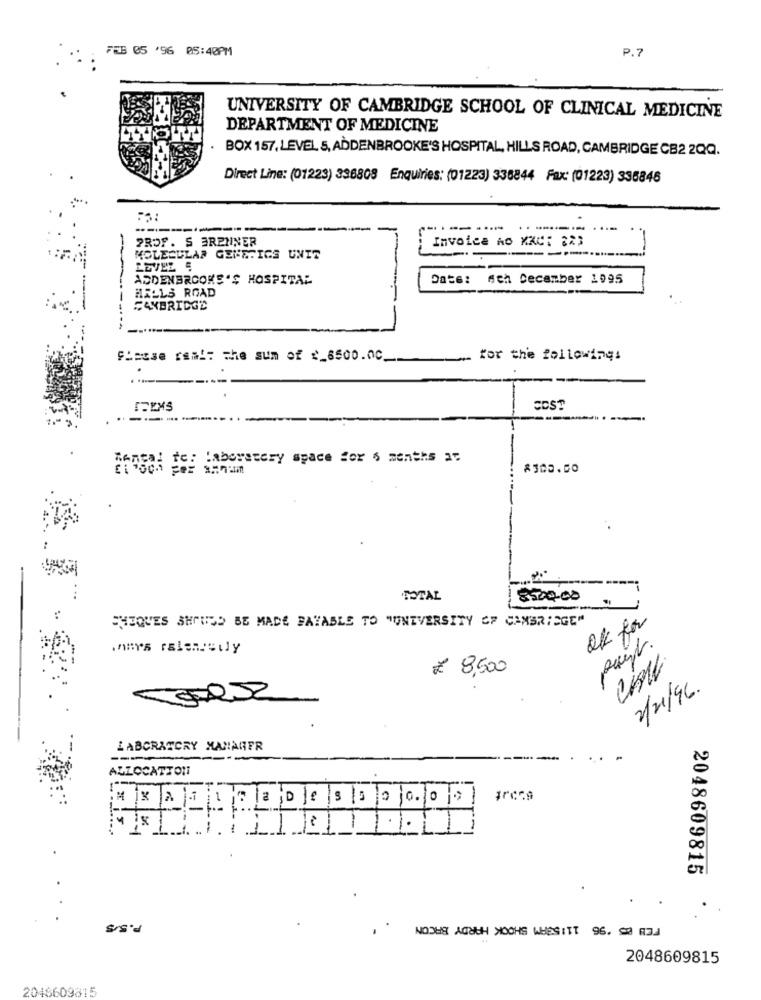
FEB 05 '96 05:40PM
P.7
UNIVERSITY OF CAMBRIDGE SCHOOL OF CLINICAL MEDICINE
DEPARTMENT OF MEDICINE
BOX 157, LEVEL 5, ADDENBROOKE'S HOSPITAL, HILLS ROAD, CAMBRIDGE CB2 2QQ.
Direct Line: (01223) 336808 Enquiries: (01223) 336844 Fax: (01223) 335846
---
-----...
PROF. S BRENNER
Invoice AO KAC: 223
---------
MOLECULAR GENETICS UNIT
LEVEL .
ADDENBROOKS'S HOSPITAL
Date: Ach December 1995
HELLS ROAD
FAXBRIDGE
Shouse rami: the sum of __ 6500.00.
for the following:
.
SEEMS
Tenga: fc: Laboratory space for 6 months as
TOTAL
18500.00
PHIQUES SHOULD BE MADE PAYABLE TO "UNIVERSITY OF CAMBRIDGE"
Ok for
pues.
₹ 8,500
2/21/96.
LABORATORY MANAGER
---
ALLOCATION
4 |X |2 1 1 7 2 0 0 9 5
.
-
2048609815
P.5/5
2048609815
2046609815